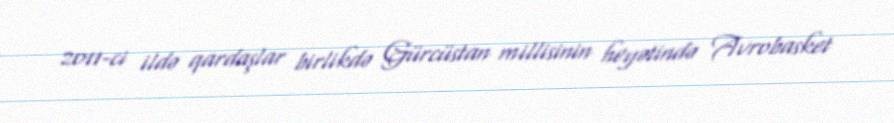
2011-ci ildə qardaşlar birlikdə Gürcüstan millisinin heyətində Avrobasket